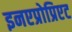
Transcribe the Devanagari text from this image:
इनएप्रोप्रिएट